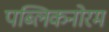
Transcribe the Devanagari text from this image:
पब्लिकनोरम